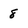
Character: 8